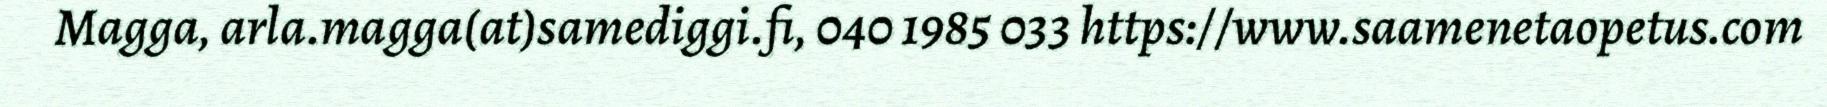
Magga, arla.magga(at)samediggi.fi, 040 1985 033 https://www.saamenetaopetus.com